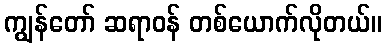
ကျွန်တော် ဆရာဝန် တစ်ယောက်လိုတယ်။